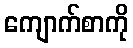
ကျောက်စာကို